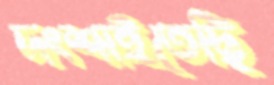
দংশাইতেছি